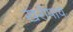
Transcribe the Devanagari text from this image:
खरीपाचे